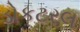
ડોકટરલ